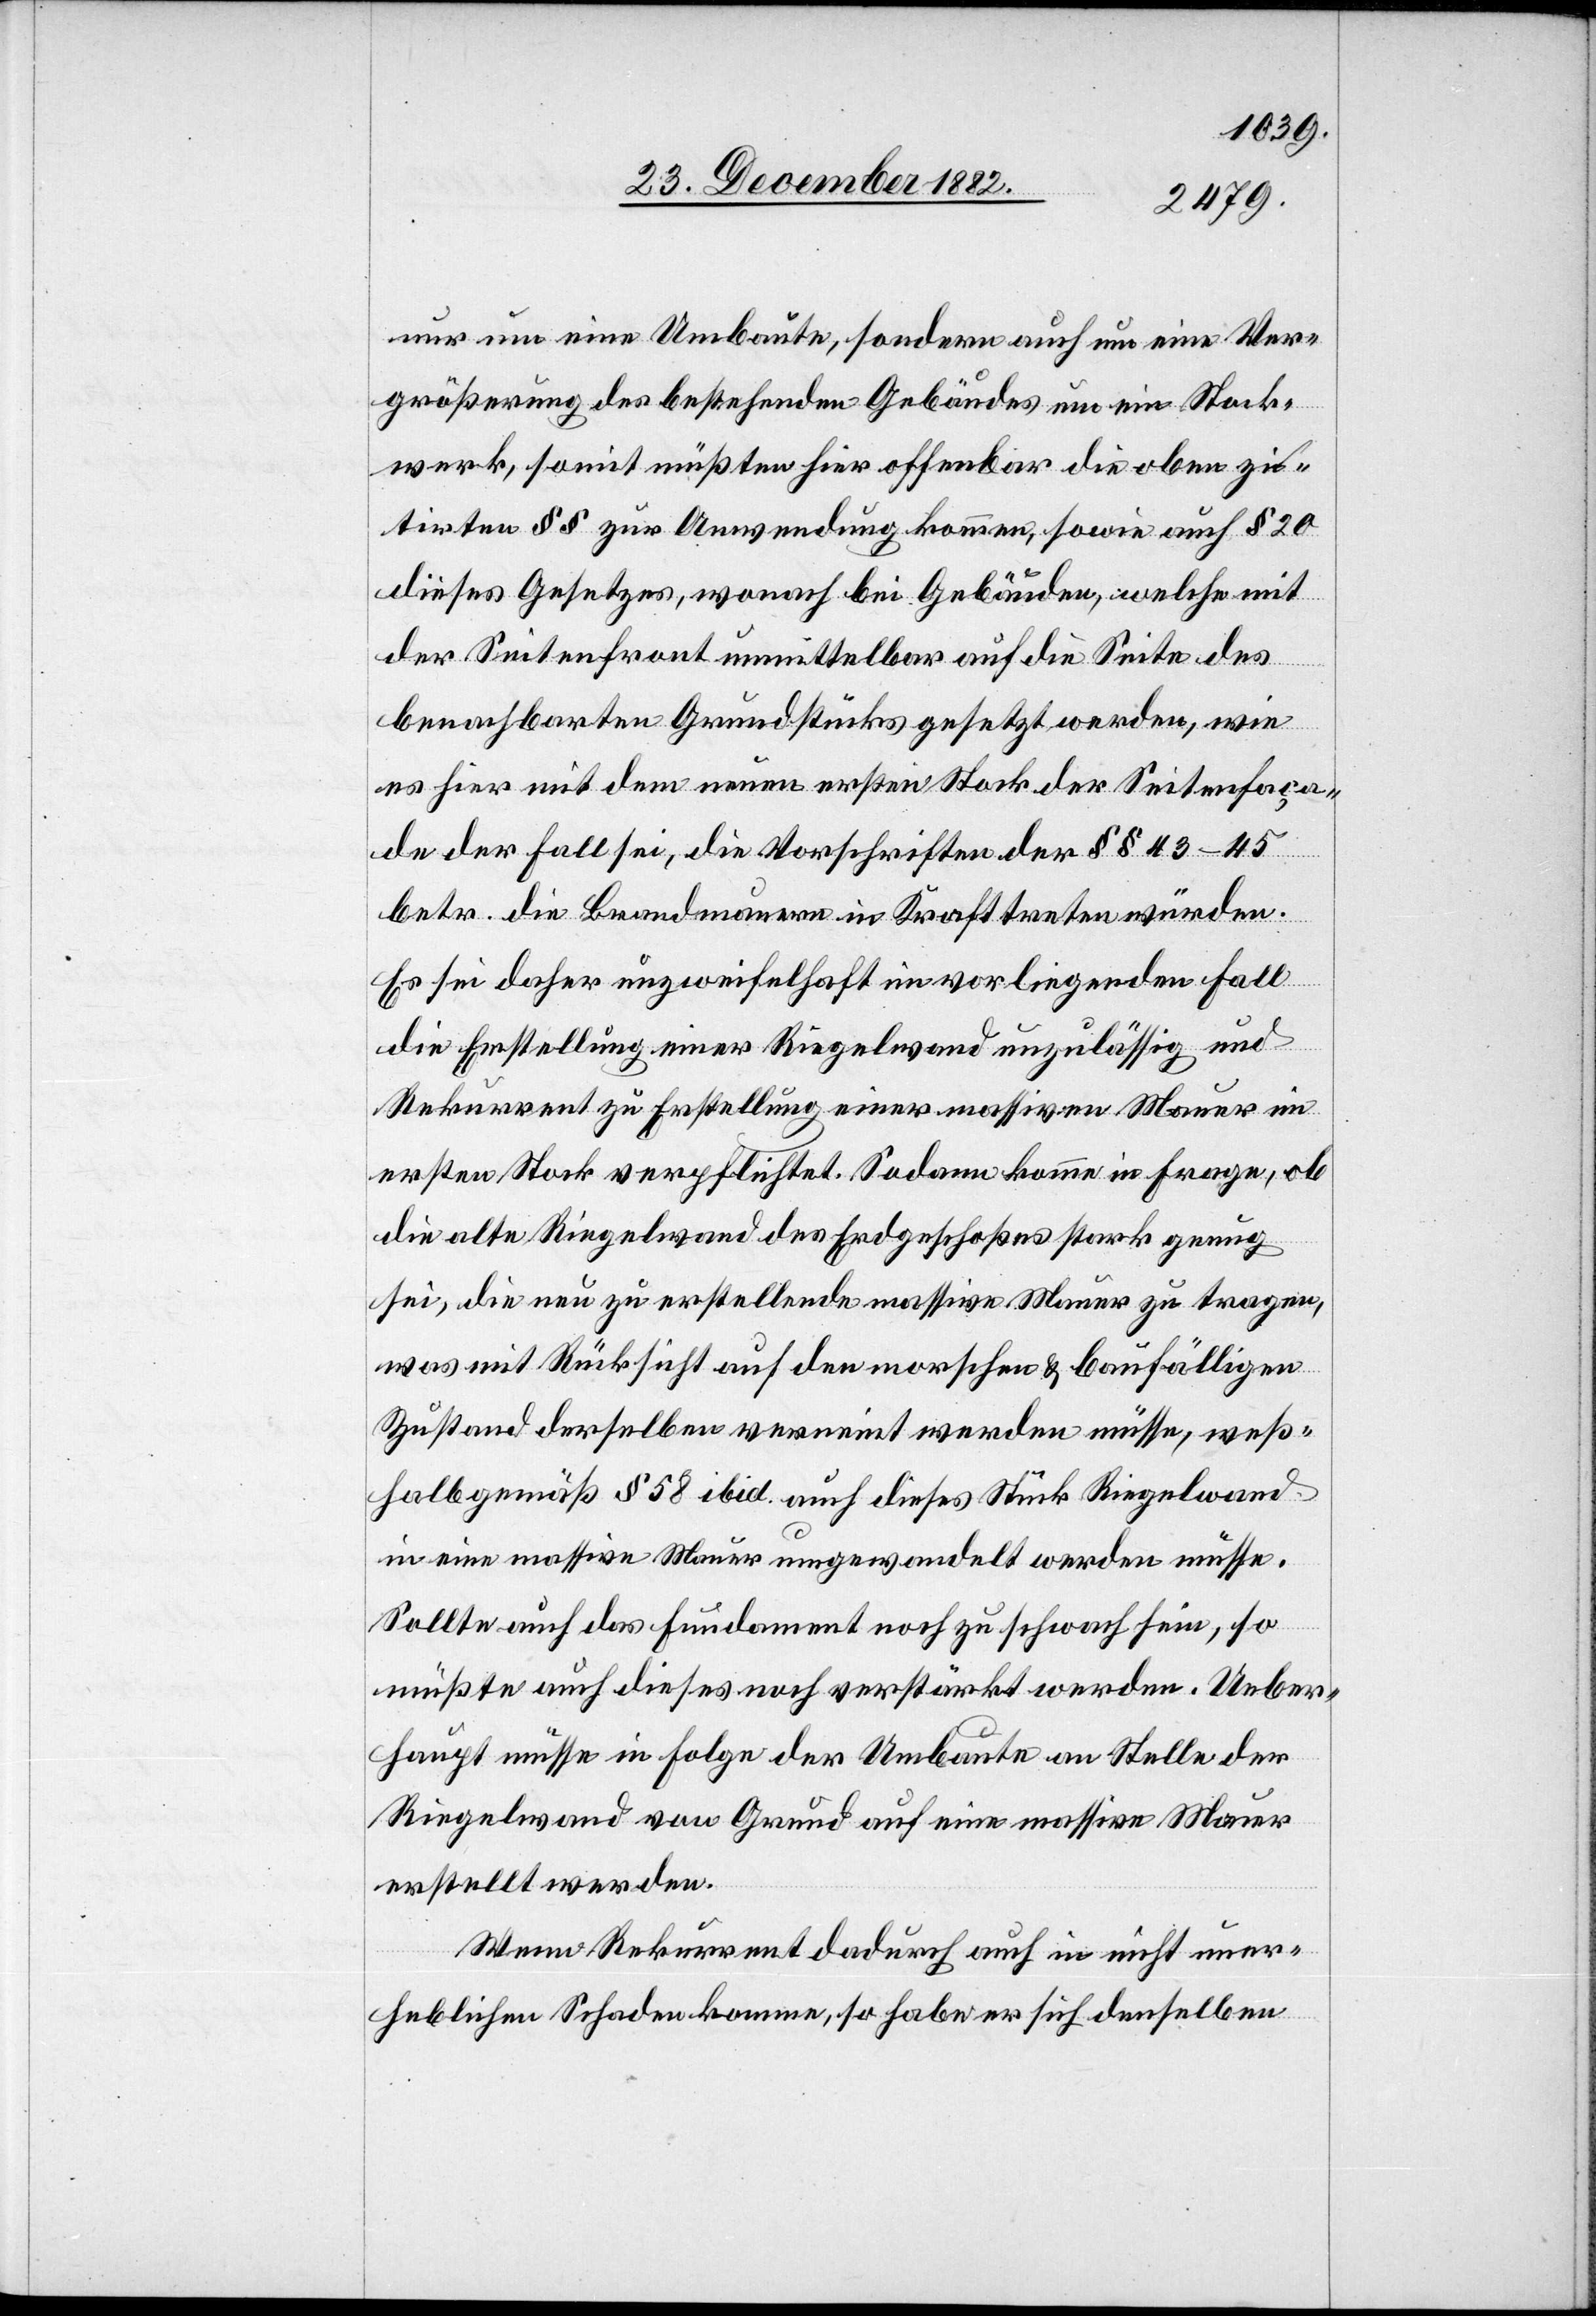
nur um eine Umbaute, sondern auch um einen Ver¬
größerung des bestehenden Gebäudes um ein Stock¬
werk, somit müßten hier offenbar die oben zi¬
tirten §§ zur Anwendung kommen, sowie auch § 20
dieses Gesetzes, wonach bei Gebäuden, welche mit
der Seitenfront unmittelbar auf die Seite des
benachbarten Grundstückes gesetzt werden, wie
es hier mit dem neuen ersten Stock der Seitenfaça¬
de der Fall sei, die Vorschriften der §§ 43–45
betr. die Brandmauern in Kraft treten würden.
Es sei daher unzweifelhaft im vorliegenden Fall
die Erstellung einer Riegelwand unzulässig und
Rekurrent zu Erstellung einer massiven Mauer im
ersten Stock verpflichtet. Sodann kommen in Frage, ob
die alte Riegelwand es Erdgeschoßes stark genug
sei, die neu zu erstellende massive Mauer zu tragen,
was mit Rücksicht auf den morschen & baufälligen
Zustand derselben verneint werden müsse, weß¬
halb gemäß § 58 ibid. auch dieses Stück Riegelwand
in eine massive Mauer umgewandelt werden müsse.
Sollte auch das Fundament noch zu schwach sein, so
müßte auch dieses noch verstärkt werden. Ueber¬
haupt müsse in Folge der Umbaute an Stelle der
Riegelwand von Grund auf eine massive Mauer
erstellt werden.
Wenn Rekurrent dadurch auch in nicht uner¬
heblichen Schaden komme, so habe er sich denselben